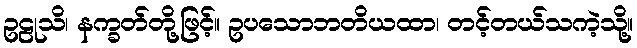
ဥဠုသိ၊ နက္ခတ်တို့ဖြင့်။ ဥပသောဘတိယထာ၊ တင့်တယ်သကဲ့သို့။